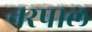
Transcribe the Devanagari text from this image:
नरपाल